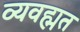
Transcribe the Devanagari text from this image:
व्यवह्मत